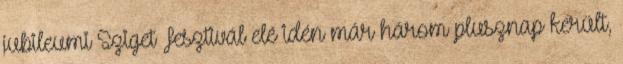
jubileumi Sziget Fesztivál elé idén már három plusznap került,